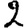
Digit: 2